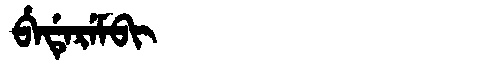
Manchu: ᠪᡝᡩᡝᡵᡝᠮᠪᡳ
Romanization: BEDEREMBI